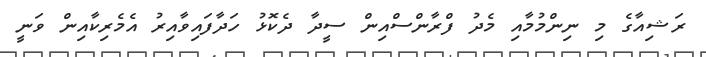
ރަޝިއާގެ މި ނިންމުމާއި މެދު ފްރާންސްއިން ސީދާ ދެކޮޅު ހަދާފައިވާއިރު އެމެރިކާއިން ވަނީ